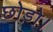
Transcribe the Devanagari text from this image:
छोड़ो।